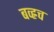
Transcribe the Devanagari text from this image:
बव्ह्रच